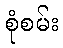
စုံစမ်း